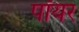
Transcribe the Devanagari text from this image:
पॉयर